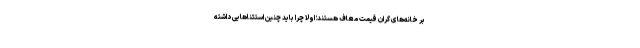
بر خانه‌های گران قیمت معاف هستند؛ اولاً چرا باید چنین استثناهایی داشته